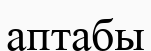
аптабы